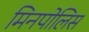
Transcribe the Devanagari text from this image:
मिनपोलिस